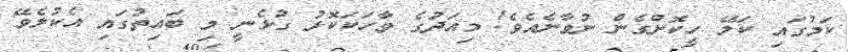
ކަމުގައި ކަލޭ ހީކޮށްގެން ނުވާނެއެވެ! މިއަދުގެ ވާހަކަކޮޅު ގުޅެނީ މި ބައިތުގައި އެކުލެވޭ